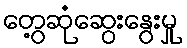
တွေ့ဆုံဆွေးနွေးမှု